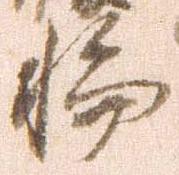
輪